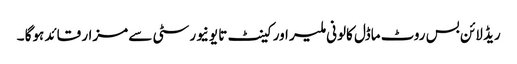
ریڈ لائن بس روٹ ماڈل کالونی ملیر اور کینٹ تا یونیورسٹی سے مزار قائد ہوگا ۔